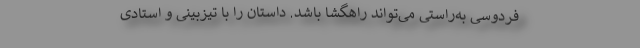
فردوسی به‌راستی می‌تواند راهگشا باشد. داستان را با تیزبینی و استادی